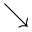
\searrow